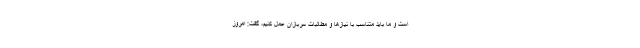
است و ما باید متناسب با نیازها و مطالبات سربازان عمل کنیم، گفت: امروز